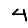
Digit: 4